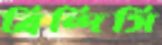
ব্রিন্দিসি